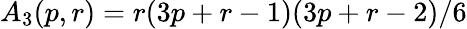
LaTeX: A_{3}(p,r)=r(3p+r-1)(3p+r-2)/6